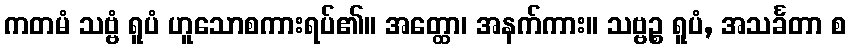
ကတမံ သဗ္ဗံ ရူပံ ဟူသောစကားရပ်၏။ အတ္ထော၊ အနက်ကား။ သဗ္ဗဉ္စ ရူပံ, အသင်္ခတာ စ